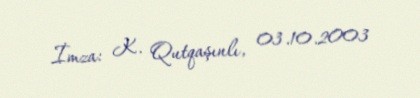
İmza: K. Qutqaşınlı, 03.10.2003